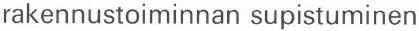
rakennustoiminnan supistuminen